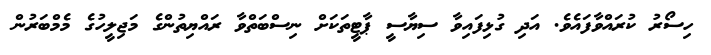
ހިސޯރު ކުރައްވާފައެވެ. އަދި ގުޅިފައިވާ ސިޔާސީ ޕާޓީތަކަށް ނިސްބަތްވާ ރައްޔިތުންގެ މަޖިލީހުގެ މެމްބަރުން